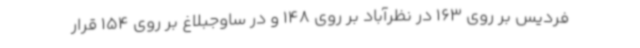
فردیس بر روی 163 در نظرآباد بر روی 148 و در ساوجبلاغ بر روی 154 قرار